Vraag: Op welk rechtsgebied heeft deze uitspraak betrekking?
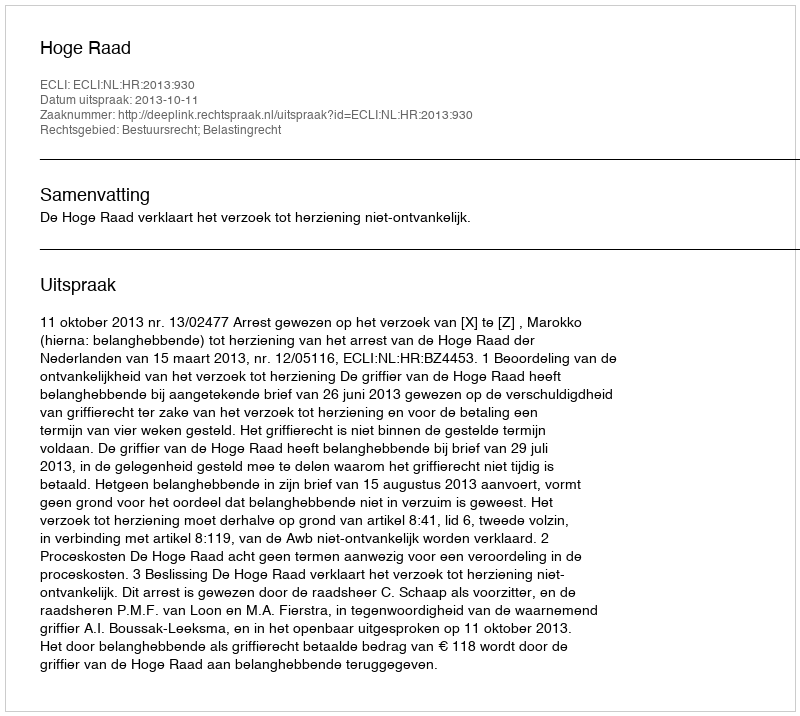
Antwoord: Bestuursrecht; Belastingrecht